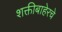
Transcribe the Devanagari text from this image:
शक्तीबाहेरचे